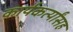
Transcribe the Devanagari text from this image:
कार्यकर्त्यांसह